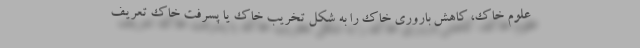
علوم خاک، کاهش باروری خاک را به شکل تخریب خاک یا پسرفت خاک تعریف